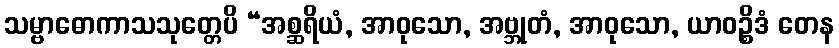
သမ္ဗာဓောကာသသုတ္တေပိ “အစ္ဆရိယံ, အာဝုသော, အဗ္ဘုတံ, အာဝုသော, ယာဝဉ္စိဒံ တေန